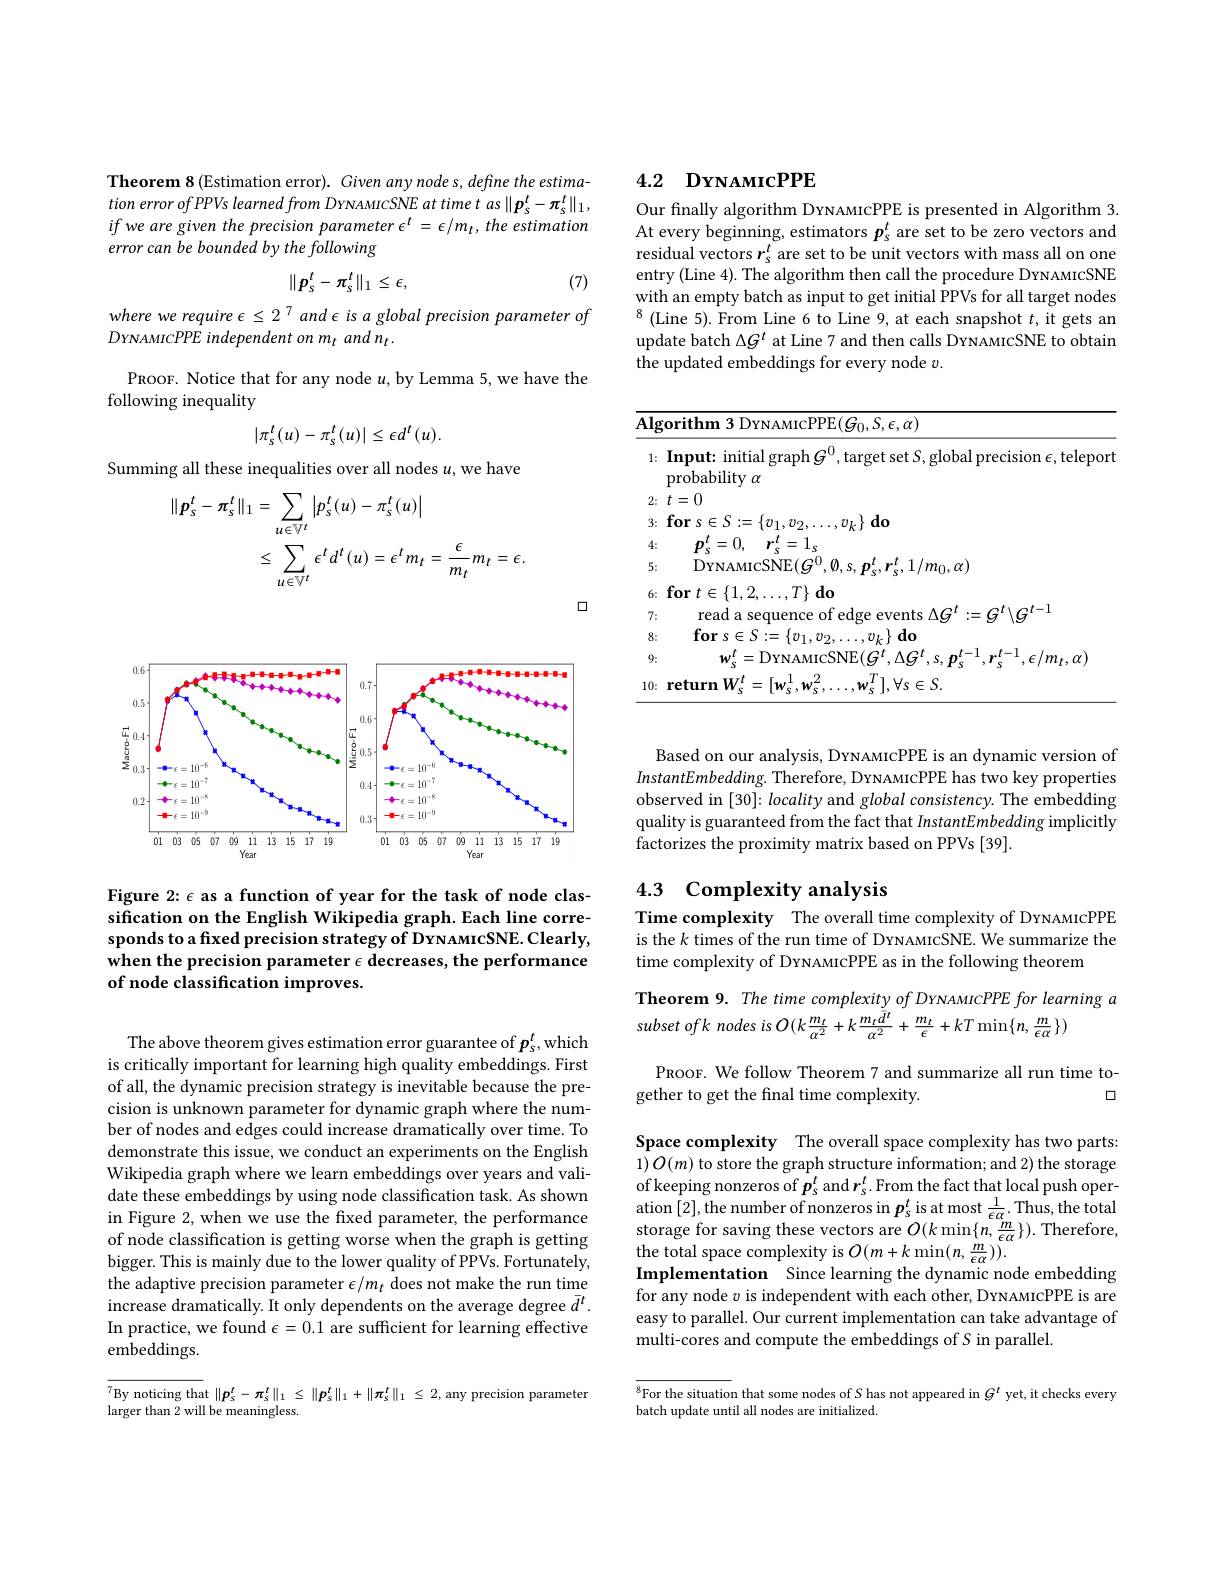
Theorem 8 (Estimation error). Given any node s, define the estimation error ofPPVs learned from DyNAMICSNE $at$ time $t$ $as$ $\| p_{s}^{t}- \pi _{s}^{t}\| _{1}$, ifwe are given the precision parameter $\epsilon^t=\epsilon/m_t,the$ estimation error can be bounded by the following
$$\|p_{s}^{t}-\pi_{s}^{t}\|_{1}\leq\epsilon,$$
(7)

where we require $\epsilon\leq2^7$ and $\epsilon$ is a global precision parameter of
$DYNAMICPPE$ independent on m and n
PROOF. Notice that for any node $u$, by Lemma 5, we have the
following inequality
$$|\pi_s^t(u)-\pi_s^t(u)|\leq\epsilon d^t(u).$$
Summing all these inequalities over all nodes $u$,we have
$$\begin{aligned}\|p_{s}^{t}-\pi_{s}^{t}\|_{1}&=\sum_{u\in\mathbb{V}^{t}}\left|p_{s}^{t}(u)-\pi_{s}^{t}(u)\right|\\&\leq\sum_{u\in\mathbb{V}^{t}}\epsilon^{t}\:d^{t}(u)=\epsilon^{t}m_{t}=\frac{\epsilon}{m_{t}}m_{t}=\epsilon.\end{aligned}$$
口

<FigureHere>

Figure 2: $\epsilon$ as a function of year for the task of node classification on the English Wikipedia graph. Each line corresponds to a fixed precision strategy of DYNAMICSNE. Clearly, when the precision parameter $\epsilon$ decreases, the performance of node classification improves.

The above theorem gives estimation error guarantee of $p_s^t$,which is critically important for learning high quality embeddings. First of all, the dynamic precision strategy is inevitable because the precision is unknown parameter for dynamic graph where the number of nodes and edges could increase dramatically over time. To demonstrate this issue, we conduct an experiments on the English Wikipedia graph where we learn embeddings over years and validate these embeddings by using node classification task. As shown in Figure 2, when we use the fixed parameter, the performance of node classification is getting worse when the graph is getting bigger. This is mainly due to the lower quality of PPVs. Fortunately, the adaptive precision parameter $\epsilon/m_t$ does not make the run time $\hat{\text{increase dramatically. It only dependents on the average degree }\bar{d}^t}.$ In practice, we found $\epsilon=0.1$ are sufficient for learning effective ${\overset{\mathrm{embeddings.}}{\operatorname*{\operatorname*{\operatorname*{embeddings.}}}}}$

$^{7}$By noticing that $\|\boldsymbol{p}_s^t-\pi_s^t\|_1\leq\|\boldsymbol{p}_s^t\|_1+\|\boldsymbol{\pi}_s^t\|_1\leq2$, any precision parameter
larger than 2 will be meaningless.

## 4.2 DrNAMIcPPE

Our finally algorithm DYNAMICPPE is presented in Algorithm 3. At every beginning, estimators $p_s^t$ are set to be zero vectors and residual vectors $r_s^t$ are set to be unit vectors with mass all on one entry (Line 4). The algorithm then call the procedure DrNAMICSNE with an empty batch as input to get initial PPVs for all target nodes $^{8}$(Line 5).From Line 6 to Line 9, at each snapshot $t$, it gets an update batch $\Delta G^t$ at Line 7 and then calls DrNAMIcSNE to obtain the updated embeddings for every node $v.$

<table>
	<tbody>
		<tr>
			<th>1:</th>
			<th>Input: initial graph $G^0$,target set $S$,global precision $\epsilon$,teleport probability $\alpha$</th>
		</tr>
		<tr>
			<td>6:</td>
			<td>$T\}$do $\mathbf{for}$ $t\in$ $:\{1\}$</td>
		</tr>
		<tr>
			<td>7:</td>
			<td>read $1/2l$</td>
		</tr>
		<tr>
			<td>8:</td>
			<td>$\mathbf{fors}\in$ : $\textbf{V}$ $\therefore\angle AB=\angle AB$ $\nu_{k}\}$do</td>
		</tr>
		<tr>
			<td>9:</td>
			<td>$\varepsilon/m_{t,\alpha}$ =11vn VNFT 1.1.</td>
		</tr>
		<tr>
			<td>10:</td>
			<td>2 $\in S.$ return</td>
		</tr>
	</tbody>
</table>

Based on our analysis, DrNAMIcPPE is an dynamic version of $InstantEmbedding.$ Therefore, DYNAMICPPE has two key properties observed in [30]: locality and global consistency. The embedding quality is guaranteed from the fact that InstantEmbedding implicitly factorizes the proximity matrix based on PPVs [39].

# 4.3 Complexity analysis

Time complexity The overall time complexity of DrNAMICPPE is the $k$ times of the run time of DrNAMIcSNE. We summarize the time complexity of DrnawIcPPE as in the following theorem

Theorem 9. The time complexity of DYNAMICPPE for learning a
subsetofk nodes is O$(k\frac{m_{t}}{\alpha^{2}}+k\frac{m_{t}\bar{d}^{t}}{\alpha^{2}}+\frac{m_{t}}{\epsilon}+kT\min\{n,\frac{m}{\epsilon\alpha}\})$

PROOF. We follow Theorem 7 and summarize all run time to-
gether to get the final time complexity.
口

Space complexity The overall space complexity has two parts: $\hat{1})\hat{O}(m)$ to store the graph structure information; and 2) the storage of keeping nonzeros of $\boldsymbol{p}_s^t$ and $\boldsymbol{r}_s^t.$ From the fact that local push operation [2],the number of nonzeros in $\boldsymbol p_s^t$ is at most $\frac1{\epsilon\alpha}.$ Thus, the total storage for saving these vectors are $O(k\min\{n,\frac{m}{\epsilon\alpha}\}).$ Therefore, the total space complexity is $O(m+k\min(n,\frac{m}{\epsilon\alpha})).$
Implementation Since learning the dynamic node embedding for any node $v$ is independent with each other, DrNAMICPPE is are easy to parallel. Our current implementation can take advantage of multi-cores and compute the embeddings of S in parallel.

$^{8}$For the situation that some nodes of $S$ has not appeared in $G^t$ yet, it checks every
batch update until all nodes are initialized.